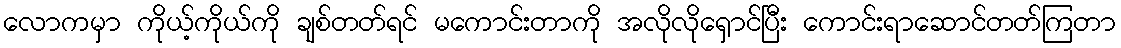
လောကမှာ ကိုယ့်ကိုယ်ကို ချစ်တတ်ရင် မကောင်းတာကို အလိုလိုရှောင်ပြီး ကောင်းရာဆောင်တတ်ကြတာ